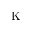
\mathrm { K }